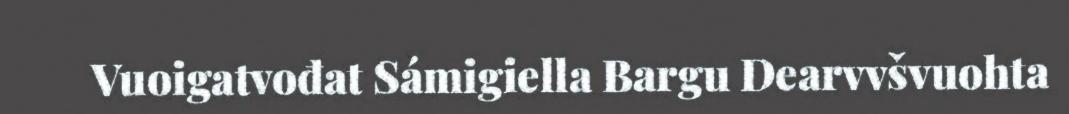
Vuoigatvođat Sámigiella Bargu Dearvvšvuohta